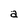
Character: a